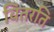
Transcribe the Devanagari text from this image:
वितरति